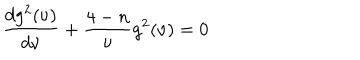
\frac { d g ^ { 2 } ( \nu ) } { d \nu } + \frac { 4 - n } { \nu } g ^ { 2 } ( \nu ) = 0